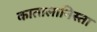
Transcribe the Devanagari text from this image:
कातालानिस्ता